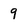
Character: 9